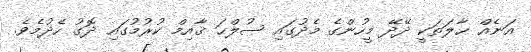
އަނެއް ޙާލަތަކީ ދޭދޭ މީހުންގެ މެދުގައި ޞުލްޙަ ޤާއިމް ކުރުމުގައި ދޮގު ހެދުމެވެ.